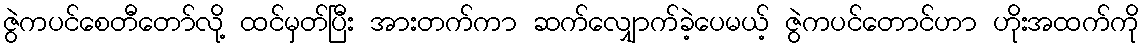
ဇွဲကပင်စေတီတော်လို့ ထင်မှတ်ပြီး အားတက်ကာ ဆက်လျှောက်ခဲ့ပေမယ့် ဇွဲကပင်တောင်ဟာ ဟိုးအထက်ကို